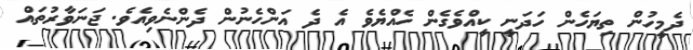
ދެމީހުން ތިޔަހެން ހަދަނީ ކީއްވެގެން ހެއްޔެވެ އެ ދެ އަންހެނުން ދެންނެވިއެވެ. ޖަނަވާރުތައް